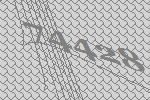
74428